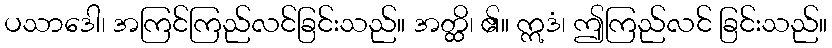
ပသာဒေါ၊ အကြင်ကြည်လင်ခြင်းသည်။ အတ္ထိ၊ ၏။ ဣဒံ၊ ဤကြည်လင် ခြင်းသည်။